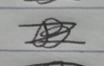
Signature authenticity: forged